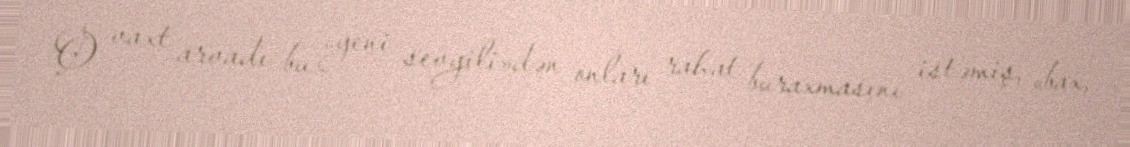
O vaxt arvadı bu «yeni sevgili»dən onları rahat buraxmasını istəmiş, «bax,